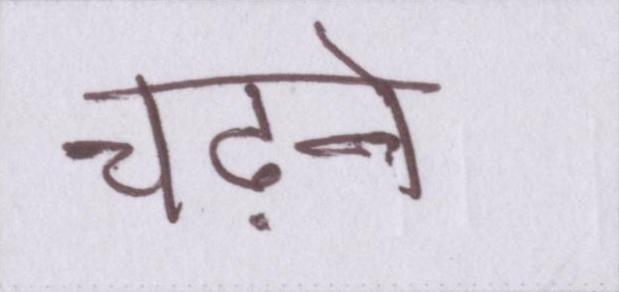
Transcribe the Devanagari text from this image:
चढ़ने